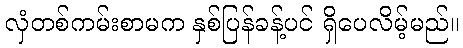
လှံတစ်ကမ်းစာမက နှစ်ပြန်ခန့်ပင် ရှိပေလိမ့်မည်။